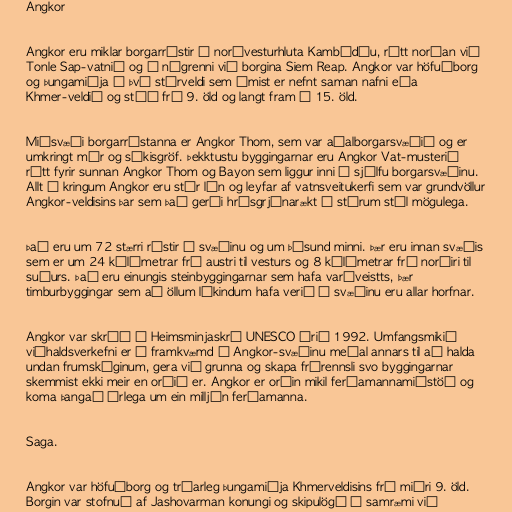
Angkor

Angkor eru miklar borgarrústir í norðvesturhluta Kambódíu, rétt norðan við
Tonle Sap-vatnið og í nágrenni við borgina Siem Reap. Angkor var höfuðborg
og þungamiðja í því stórveldi sem ýmist er nefnt saman nafni eða
Khmer-veldið og stóð frá 9. öld og langt fram á 15. öld.

Miðsvæði borgarrústanna er Angkor Thom, sem var aðalborgarsvæðið og er
umkringt múr og sýkisgröf. Þekktustu byggingarnar eru Angkor Vat-musterið
rétt fyrir sunnan Angkor Thom og Bayon sem liggur inni í sjálfu borgarsvæðinu.
Allt í kringum Angkor eru stór lón og leyfar af vatnsveitukerfi sem var grundvöllur
Angkor-veldisins þar sem það gerði hrísgrjónarækt í stórum stíl mögulega.

Það eru um 72 stærri rústir á svæðinu og um þúsund minni. Þær eru innan svæðis
sem er um 24 kílómetrar frá austri til vesturs og 8 kílómetrar frá norðiri til
suðurs. Það eru einungis steinbyggingarnar sem hafa varðveistts, þær
timburbyggingar sem að öllum líkindum hafa verið á svæðinu eru allar horfnar.

Angkor var skráð á Heimsminjaskrá UNESCO árið 1992. Umfangsmikið
viðhaldsverkefni er í framkvæmd á Angkor-svæðinu meðal annars til að halda
undan frumskóginum, gera við grunna og skapa frárennsli svo byggingarnar
skemmist ekki meir en orðið er. Angkor er orðin mikil ferðamannamiðstöð og
koma þangað árlega um ein milljón ferðamanna.

Saga.

Angkor var höfuðborg og trúarleg þungamiðja Khmerveldisins frá miðri 9. öld.
Borgin var stofnuð af Jashovarman konungi og skipulögð í samræmi við